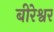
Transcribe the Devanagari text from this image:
बीरेश्वर